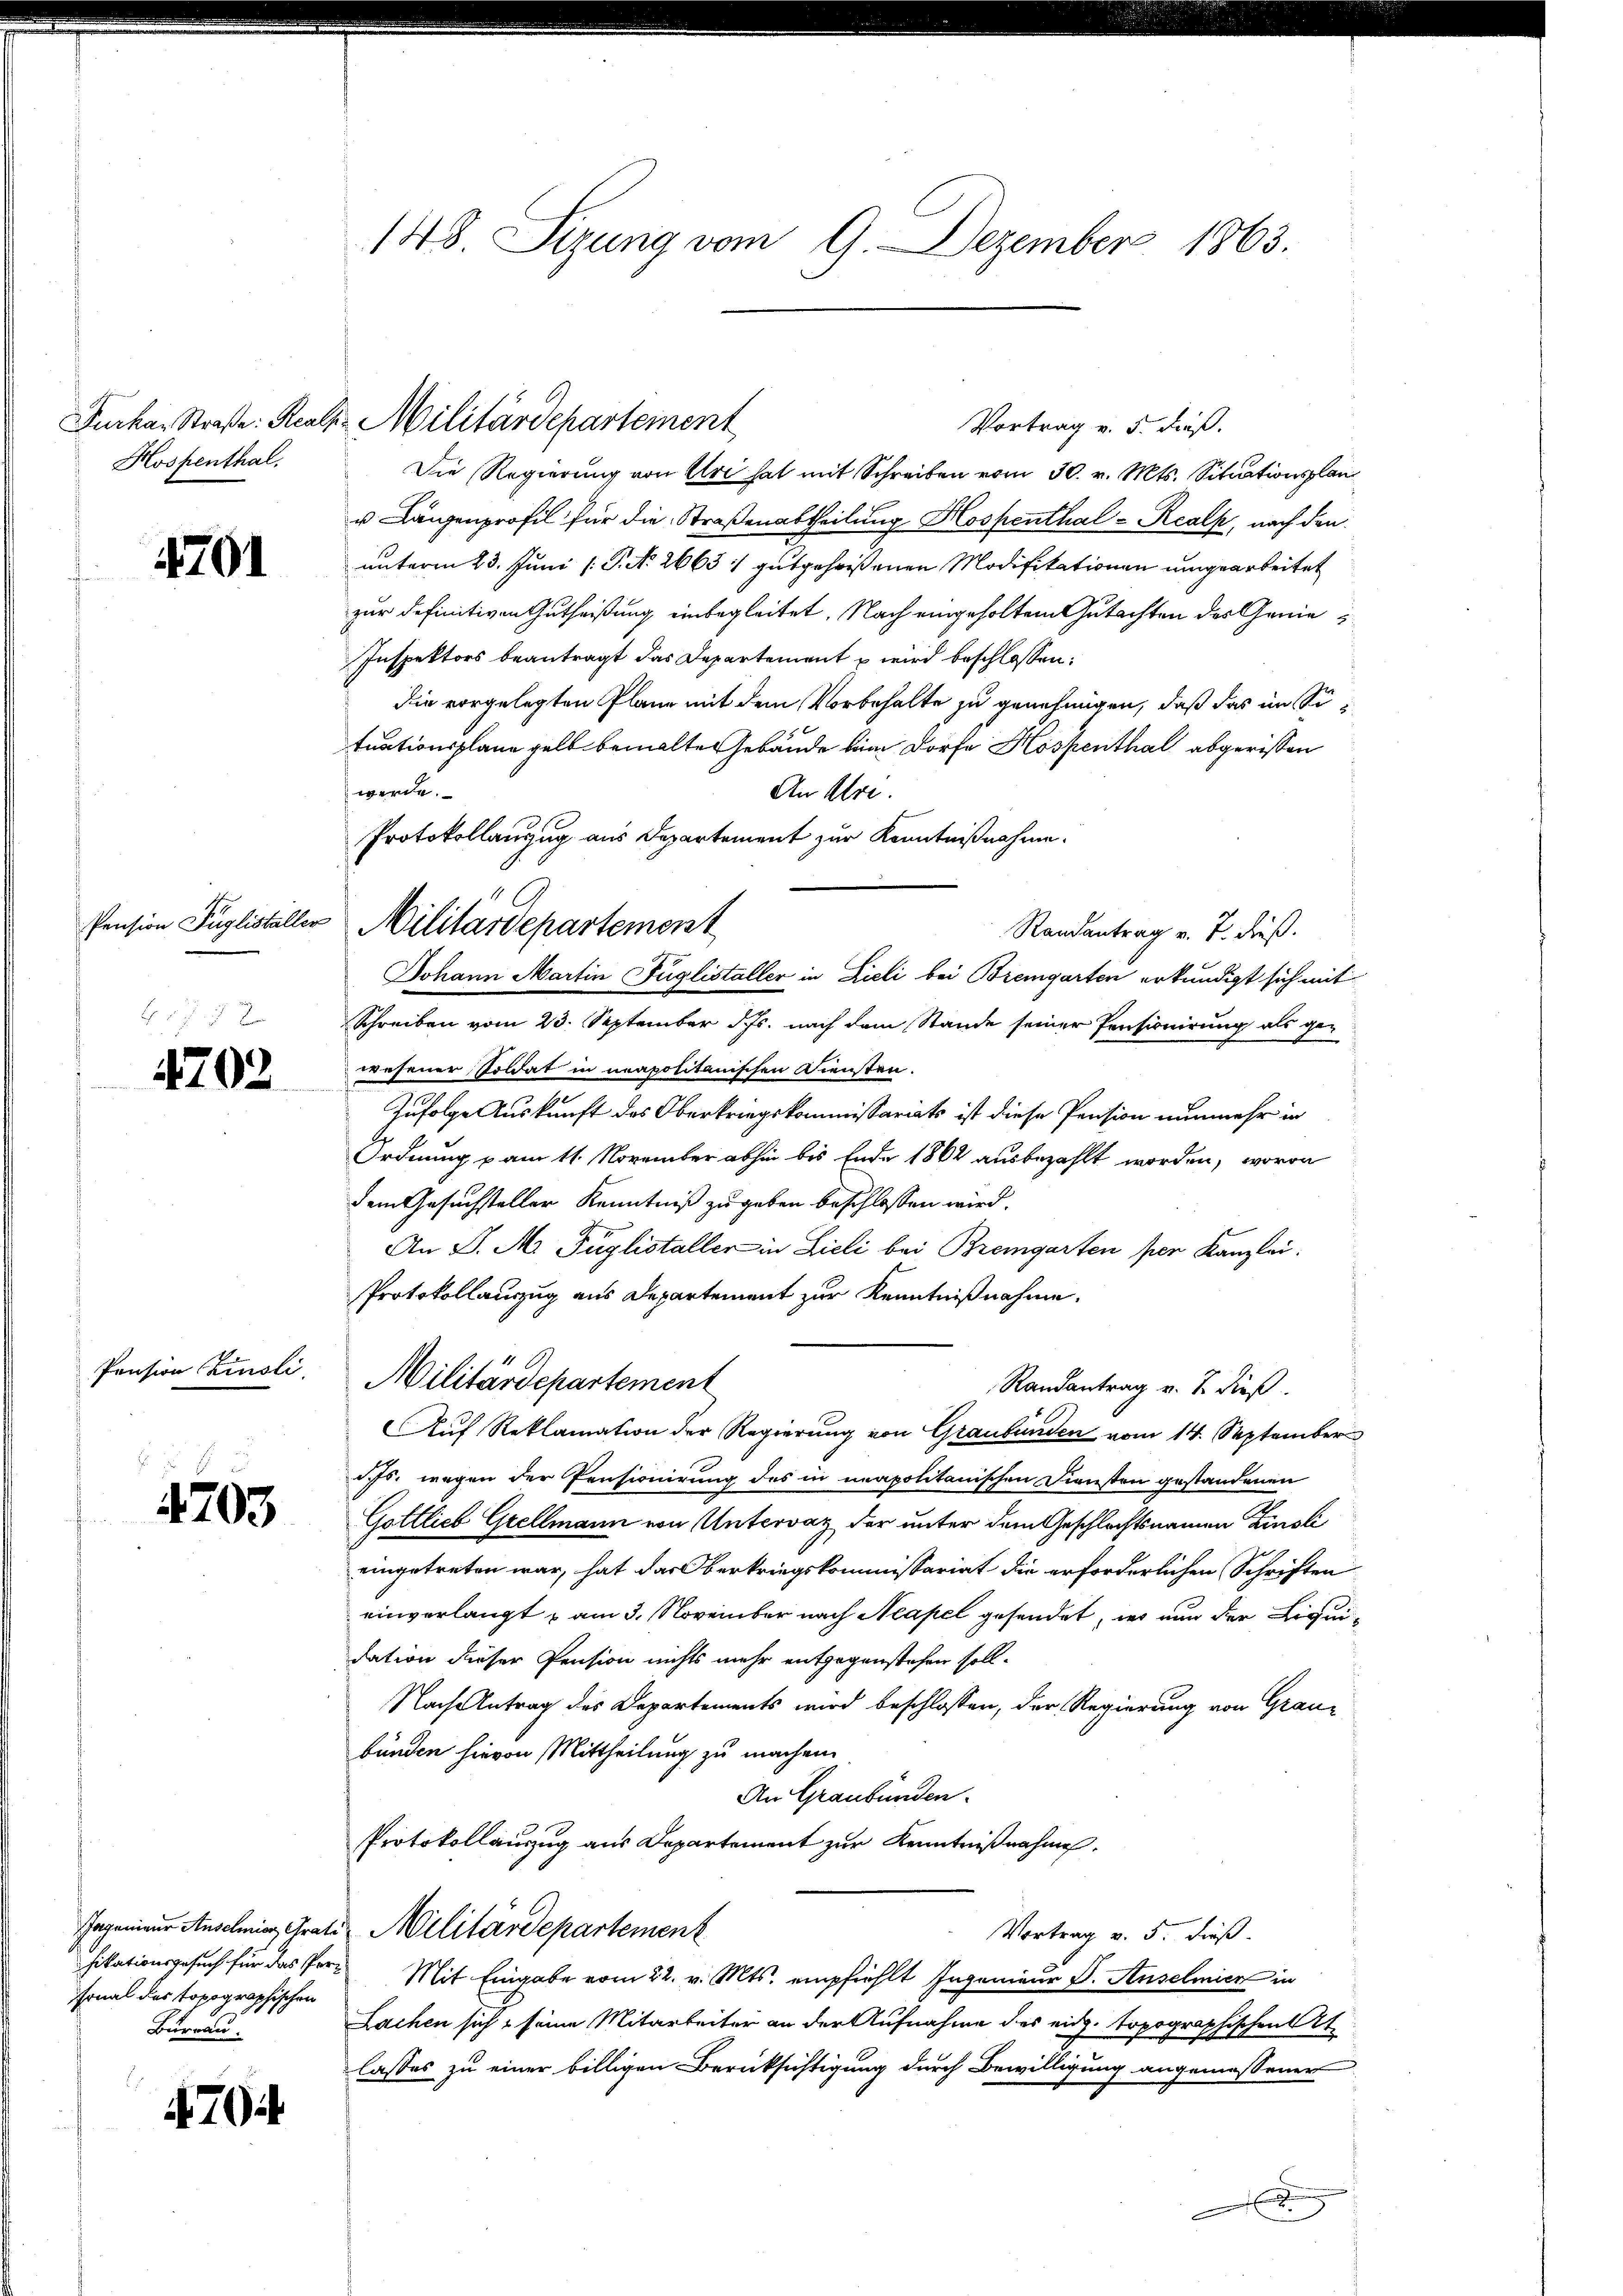
Hospenthal.

4701

Pension Tuglistaller

4702.

Pension Zinsli

4703

sonal das topographischen
Burrau.

704

148. Sizung vom 9. Dezember 1863.

Vortrag v. 5. dieß.
Die Regierung von Uri hat mit Schreiben vom 30. v. Mts. Situationsplan
u Längenprofil für die Straßenabtheilung Hospenthal - Realk, nach den
unterm 23. Juni /: P. N. 2663 : gutgeheißenen Modifikationen umgearbeitet
zur definitiven Gutheißung einbegleitet. Nach eingeholtem Gutachten des Genie
Inspektors beantragt das Departement u wird beschlossen:
die vorgelegten Plane mit dem Vorbehalte zu genehmigen, daß das im Situationsplane gelb bemalte Gebäude bin Dorfe Hospenthal abgerissen
werde.
An Uri.
Protokollanzug aus Departement zur Kenntnißnahme.
Militärdepartement
Randantrag v. 7. dieß.
Johann Martin Füglistaller in Zieli bei Bremgarten erkundigt sich mit
Schreiben vom 23. September d. Js. nach dem Stande seiner Pensionirung als gewesener Soldat in neapolitanischen Diensten.
Zufolge Auskunft des Oberkriegskommissariats ist diese Pension nunmehr in
Ordnung u am 11. November abhin bis Ende 1862 ausbezahlt worden, wovon
dem Gesuchsteller Kenntniß zu geben beschlossen wird.
An P. M. Füglistaller in Lieli bei Bremgarten per Kanzlei.
Protokollauszug aus Departement zur Kenntnißnahme.
Militärdepartement
Randantrag v. J. dieß.
Auf Reklamation der Regierung von Graubünden vom 14. September
dchs wegen der Pensionirung des in neapolitanischen Diensten gestandenen
Gottlieb Grellmann von Untervaz der unter dem Geschlechtsnamen Zinsli
eingetreten war, hat das Oberkriegskommissariat die erforderlichen Schriften
einverlangt am 3. November nach Neapel gesendet, wo nun der Liquidation dieser Pension nichts mehr entgegenstehen soll.
Nach Antrag des Departements wird beschlossen, der Regierung von Graubünden hievon Mittheilung zu machen.
An Graubünden.
Protokollauszug aus Departement zur Kenntnißnahmen.
Ingenieur Anschwing, Grats Militärdepartement
Vortrag v. 5. dieß.
fikationsgesuch für das Ver- Mit Eingabe vom 22. v. Mts. empfiehlt Ingenieur F. Anselmier in
Lachen sich seine Mitarbeiter an der Aufnahme des eidg. Topographischen
lasses zu einer billigen Berücksichtigung durch Bewilligung angemessener
.

Fuckar Straße: Reals Militärdepartement